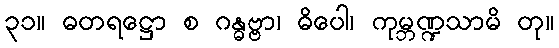
၃၁။ ဓတရဋ္ဌော စ ဂန္ဓဗ္ဗာ၊ ဓိပေါ၊ ကုမ္ဘဏ္ဍသာမိ တု။